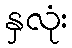
နှလုံး